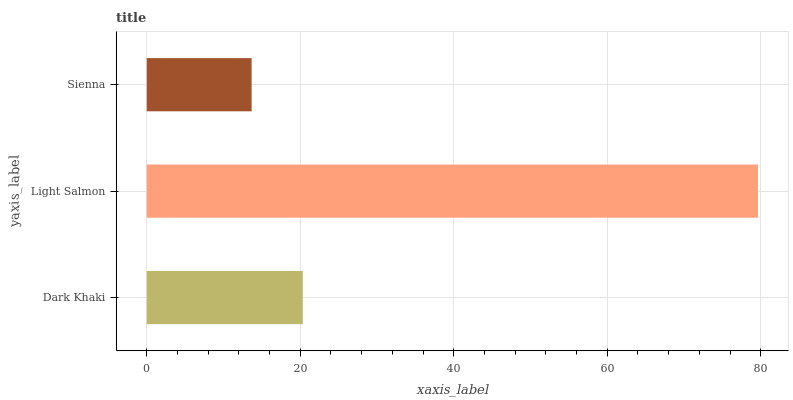
| yaxis_label | bars |
 | --- | --- |
 | Dark Khaki | 20.3 |
 | Light Salmon | 79.6 |
 | Sienna | 13.7 |